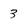
Character: 3